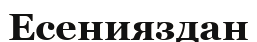
Есенияздан